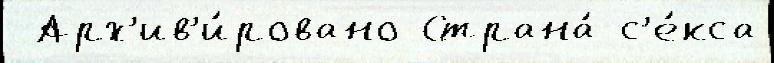
 Арх'ив'и́ровано Страна́ с'е́кса